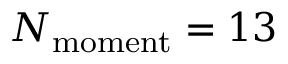
N _ { \mathrm { { m o m e n t } } } = 1 3